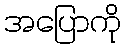
အပြောကို